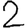
Digit: 2